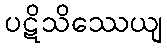
ပဋိသိဿေယျ